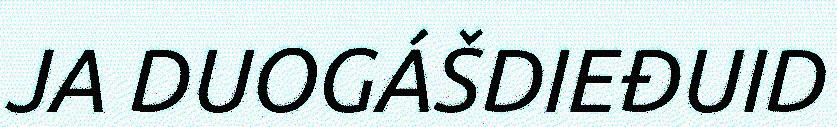
JA DUOGÁŠDIEĐUID